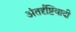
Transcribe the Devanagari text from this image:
अंतर्दृष्टिवादी